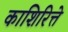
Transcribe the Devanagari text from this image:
काशिरित्ते